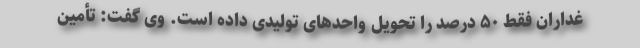
غداران فقط ۵۰ درصد را تحویل واحدهای تولیدی داده است. وی گفت: تأمین